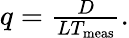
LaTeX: \begin{array}{r}{q=\frac{D}{LT_{\mathrm{meas}}}.}\end{array}